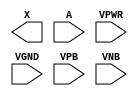
module sky130_fd_sc_hd__dlymetal6s4s (
    X   ,
    A   ,
    VPWR,
    VGND,
    VPB ,
    VNB
);

    output X   ;
    input  A   ;
    input  VPWR;
    input  VGND;
    input  VPB ;
    input  VNB ;
endmodule